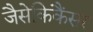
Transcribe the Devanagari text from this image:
जैसेकिकैंसर